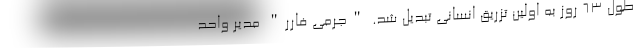
طول 63 روز به اولین تزریق انسانی تبدیل شد. "جرمی فارر" مدیر واحد